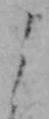
よ